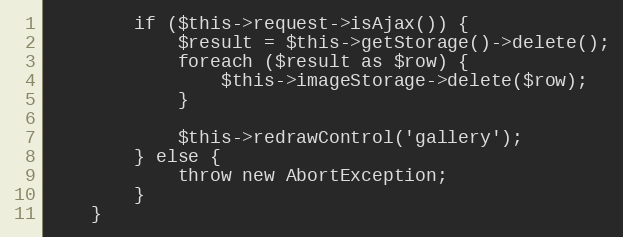
Language: PHP
		if ($this->request->isAjax()) {
			$result = $this->getStorage()->delete();
			foreach ($result as $row) {
				$this->imageStorage->delete($row);
			}

			$this->redrawControl('gallery');
		} else {
			throw new AbortException;
		}
	}